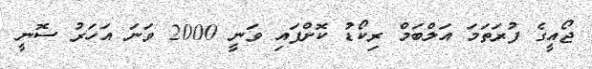
ޖޯއީގެ ފުރަތަމަ އަލްބަމް ރިކޯޑު ކޮށްފައި ވަނީ 2000 ވަނަ އަހަރު ސޮނީ